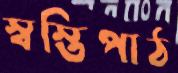
স্বস্তিপাঠ